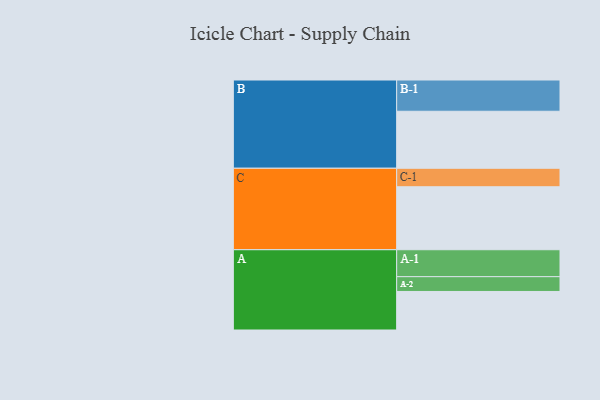
{"axis": {"x": "Segment", "y": "Value"}, "legend": ["", "A", "B", "C"], "data": [{"x": "A", "y": 323, "type": ""}, {"x": "B", "y": 478, "type": ""}, {"x": "C", "y": 528, "type": ""}, {"x": "A-1", "y": 226, "type": "A"}, {"x": "A-2", "y": 124, "type": "A"}, {"x": "B-1", "y": 262, "type": "B"}, {"x": "C-1", "y": 155, "type": "C"}]}